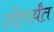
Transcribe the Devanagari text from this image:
तोपर्य़ंत